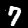
Digit: 7